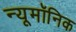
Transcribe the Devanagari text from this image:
न्यूमॉनिक